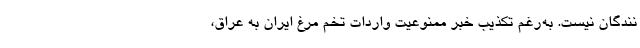
نندگان نیست. به‌رغم تکذیب خبر ممنوعیت واردات تخم مرغ ایران به عراق،